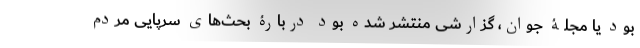
بود یا مجلۀ جوان، گزارشی منتشر شده بود دربارۀ بحث‌های سرپایی مردم